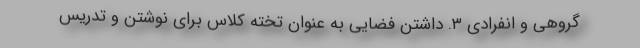
گروهی و انفرادی ۳. داشتن فضایی به عنوان تخته کلاس برای نوشتن و تدریس